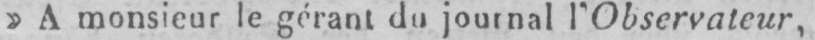
»A monsieur le gérant du journal l’Observateur,